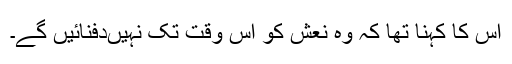
اس کا کہنا تھا کہ وہ نعش کو اس وقت تک نہیںدفنائیں گے۔